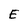
Character: E